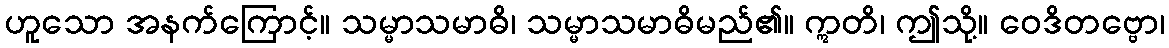
ဟူသော အနက်ကြောင့်။ သမ္မာသမာဓိ၊ သမ္မာသမာဓိမည်၏။ ဣတိ၊ ဤသို့။ ဝေဒိတဗ္ဗော၊